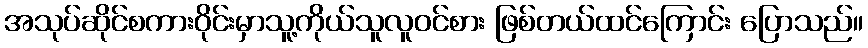
အသုပ်ဆိုင်စကားဝိုင်းမှာသူ့ကိုယ်သူလူဝင်စား ဖြစ်တယ်ထင်ကြောင်း ပြောသည်။